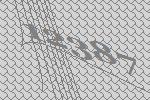
12387